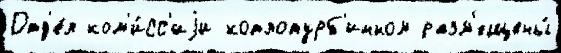
Отд'е́л ком'и́сс'иjи котлотурб'инном разм'ещены́